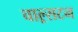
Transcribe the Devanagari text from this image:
चाल्र्सटन